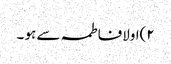
٢)اولافاطمہ سے ہو ۔